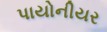
પાયોનીયર